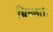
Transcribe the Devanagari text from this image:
भिच्‍छा।।